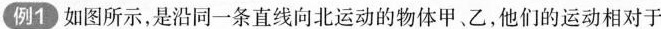
例1如图所示,是沿同一条直线向北运动的物体甲·乙,他们的运动相对于